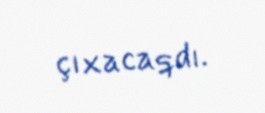
çıxacaqdı.